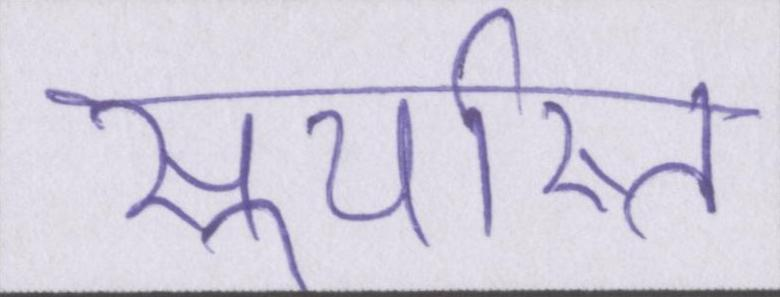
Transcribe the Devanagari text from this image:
सूर्यास्त